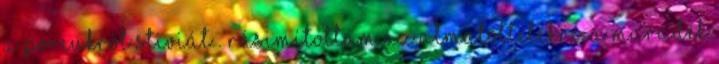
a porcukrot stiviát . Rásimítottam az almatöltelékre, a maradék